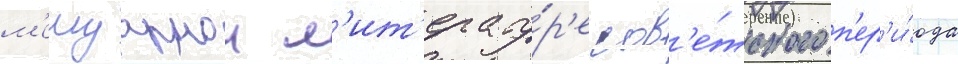
м'емуарнои л'ит'ерату́р'е сов'е́тского п'ер'и́ода